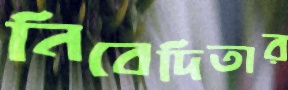
নিবেদিতার